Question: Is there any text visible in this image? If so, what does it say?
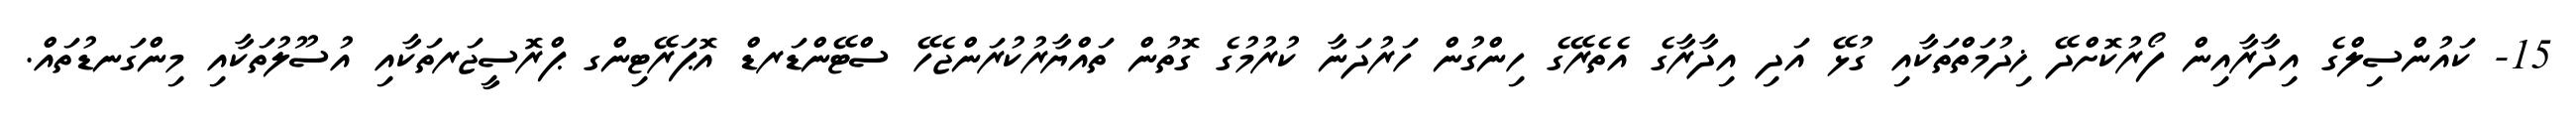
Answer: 15- ކައުންސިލްގެ އިދާރާއިން ފޯރުކޮށްދޭ ޚިދުމަތްތަކާއި ގުޅޭ އަދި އިދާރާގެ އެތެރޭގެ ހިންގުން ހަރުދަނާ ކުރުމުގެ ގޮތުން ތައްޔާރުކުރަންޖެހޭ ސްޓޭންޑަރޑް އޮޕަރޭޓިންގ ޕްރޮސީޖަރތަކާއި އުސޫލުތަކާއި މިންގަނޑުތައް.